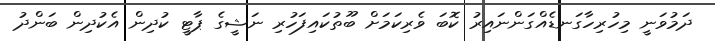
ދަމުވަނީ މިހުރިހާގަނޑެއްގަންނައިރު ކޮބަ ވެރިކަމަށް ބޫތުކައިފަހުރި ނަޝީގެ ޕާޓީ ކުދިން އެކުދިން ބަންދު